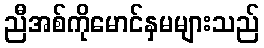
ညီအစ်ကိုမောင်နှမများသည်